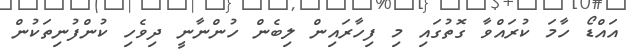
އައްޑޯ ހާމަ ކުރައްވާ ގޮތުގައި މި ފިހާރައިން ލިބެން ހުންނާނީ ދިވެހި ކުންފުނިތަކުން